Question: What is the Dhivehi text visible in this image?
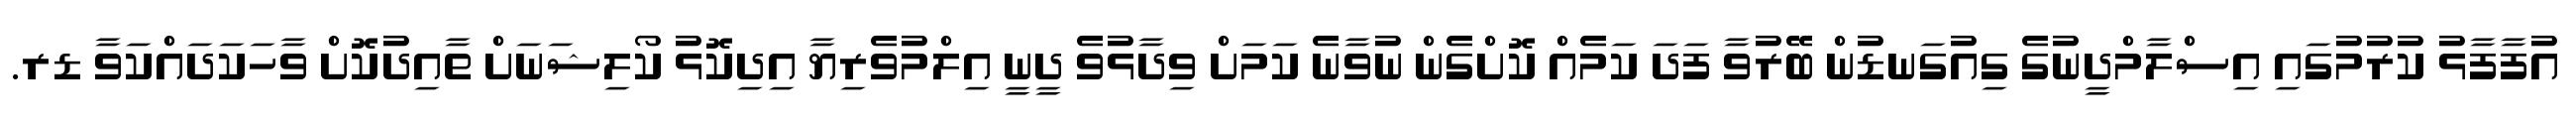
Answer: އުފާފާޅު ކުރުމުގައި އިސްލާމްދީނުގެ ގިއުގަނޑުން ބޭރުވާ ފަދަ ކަމެއް ކޮށްގެން ނުވާނެ ކަމަށް ވިދާޅުވެ ދީނީ އިލްމުވެރިޔާ އިދިކޮޅު ކޯލިޝަނަށް ތާއިދުކޮށް ވާހަކަދައްކަވާ ޑރ.